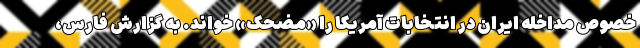
خصوص مداخله ایران در انتخابات آمریکا را «مضحک» خواند. به گزارش فارس،